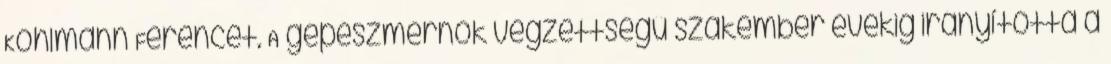
Kohlmann Ferencet. A gépészmérnök végzettségû szakember évekig irányította a